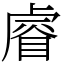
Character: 𥈠